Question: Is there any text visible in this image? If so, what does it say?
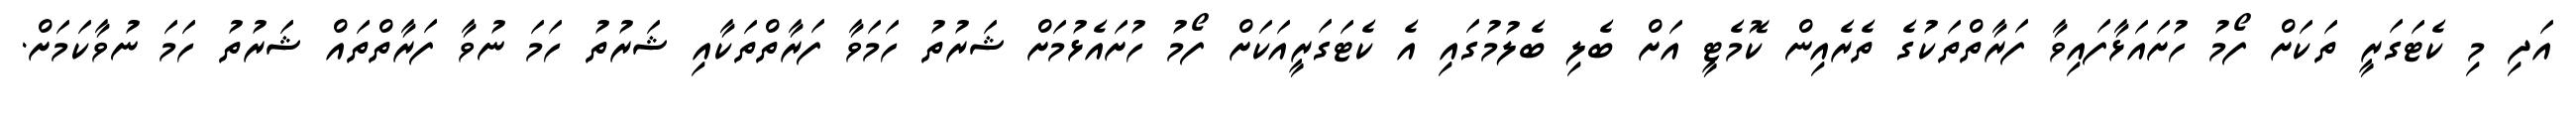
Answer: އަދި މި ކެޓަގަރީ ތަކަށް ފޯމު ހުށައަޅާފައިވާ ފަރާތްތަކުގެ ތެރެއިން ކޮމެޓީ އަށް ބެލި ބެލުމުގައި އެ ކެޓަގަރީއަކަށް ފޯމު ހުށައެޅުމަށް ޝަރުތު ހަމަވާ ފަރާތްތަކާއި ޝަރުތު ހަމަ ނުވާ ފަރާތްތައް ޝަރުތު ހަމަ ނުވާކަމަށް.